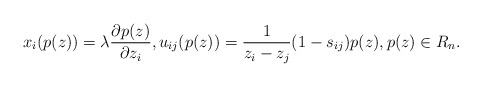
\begin{gather*}x_i(p(z))= \lambda {\partial p(z) \over \partial z_i}, u_{ij}(p(z))={1 \over z_i-z_j} (1-s_{ij}) p(z),p(z) \in R_n. \end{gather*}